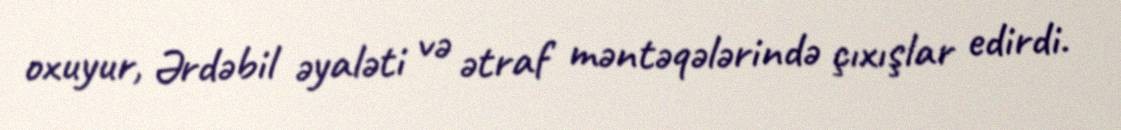
oxuyur, Ərdəbil əyaləti və ətraf məntəqələrində çıxışlar edirdi.